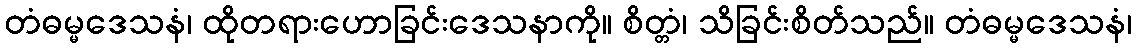
တံဓမ္မဒေသနံ၊ ထိုတရားဟောခြင်းဒေသနာကို။ စိတ္တံ၊ သိခြင်းစိတ်သည်။ တံဓမ္မဒေသနံ၊